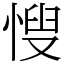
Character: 㥰